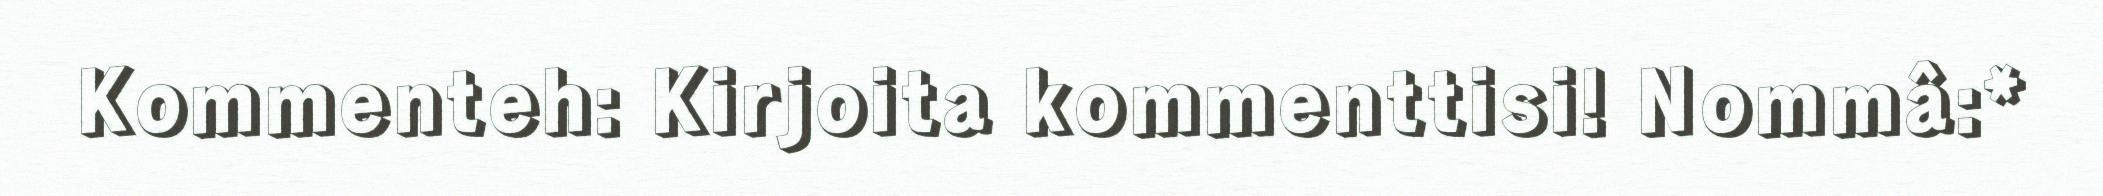
Kommenteh: Kirjoita kommenttisi! Nommâ:*